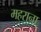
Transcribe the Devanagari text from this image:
महराना